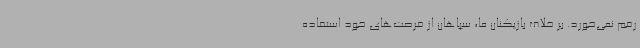
رقم نمی‌خورد. بر خلاف بازیکنان ما، سپاهان از فرصت‌های خود استفاده